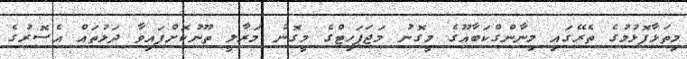
މިތަޅާފޮޅުމުގެ ތެރޭގައި މިނާންގްކަބާއޫގެ މީގޮނު މަޖަޕަހިޓްގެ މީގޮނު މަރާލީ ތޫނުކޮށްފައިވާ ދަޅުތައް އެސޮރުގެ